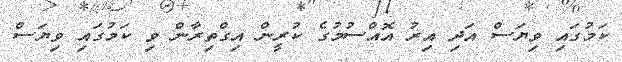
ކަމުގައި ވިޔަސް އަދި އިރު އޮއްސުމުގެ ކުރީން އިގްތިރާން ވި ކަމުގައި ވިޔަސް